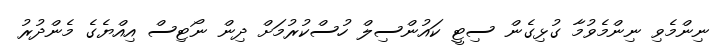
ނިންމެވި ނިންމެވުމާ ގުޅިގެން ސިޓީ ކައުންސިލް ހުސްކުރުމަށް ދިން ނޯޓިސް އިއްޔެގެ މެންދުރު